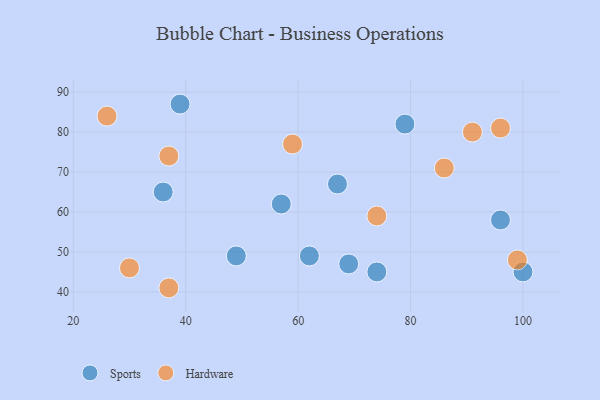
{"axis": {"x": "GDP", "y": "Life Expectancy"}, "legend": ["Hardware", "Sports"], "data": [{"x": "74", "y": 45, "type": "Sports"}, {"x": "96", "y": 58, "type": "Sports"}, {"x": "79", "y": 82, "type": "Sports"}, {"x": "67", "y": 67, "type": "Sports"}, {"x": "36", "y": 65, "type": "Sports"}, {"x": "69", "y": 47, "type": "Sports"}, {"x": "39", "y": 87, "type": "Sports"}, {"x": "100", "y": 45, "type": "Sports"}, {"x": "62", "y": 49, "type": "Sports"}, {"x": "57", "y": 62, "type": "Sports"}, {"x": "49", "y": 49, "type": "Sports"}, {"x": "26", "y": 84, "type": "Hardware"}, {"x": "86", "y": 71, "type": "Hardware"}, {"x": "37", "y": 74, "type": "Hardware"}, {"x": "74", "y": 59, "type": "Hardware"}, {"x": "91", "y": 80, "type": "Hardware"}, {"x": "96", "y": 81, "type": "Hardware"}, {"x": "30", "y": 46, "type": "Hardware"}, {"x": "37", "y": 41, "type": "Hardware"}, {"x": "99", "y": 48, "type": "Hardware"}, {"x": "59", "y": 77, "type": "Hardware"}]}